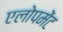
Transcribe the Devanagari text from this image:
एलोपमेंट